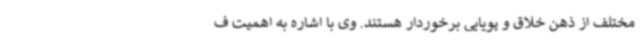
مختلف از ذهن خلاق و پویایی برخوردار هستند. وی با اشاره به اهمیت ف